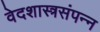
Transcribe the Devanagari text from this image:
वेदशास्त्रसंपन्‍न